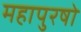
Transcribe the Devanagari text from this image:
महापुरषो